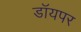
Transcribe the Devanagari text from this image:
डॉयपर